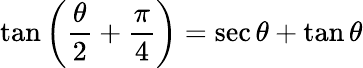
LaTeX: \tan\left({\frac{\theta}{2}}+{\frac{\pi}{4}}\right)=\sec\theta+\tan\theta